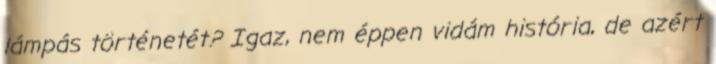
lámpás történetét? Igaz, nem éppen vidám história, de azért